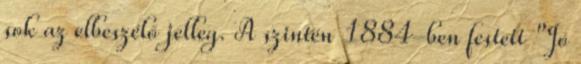
sok az elbeszélő jelleg. A szintén 1884-ben festett "Jó